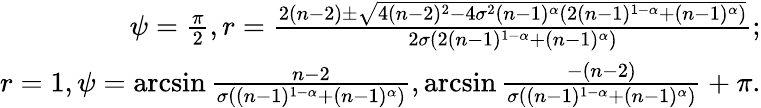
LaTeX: \begin{array}{r}{\psi=\frac{\pi}{2},r=\frac{2(n-2)\pm\sqrt{4(n-2)^{2}-4\sigma^{2}(n-1)^{\alpha}(2(n-1)^{1-\alpha}+(n-1)^{\alpha})}}{2\sigma(2(n-1)^{1-\alpha}+(n-1)^{\alpha})};}\\ {r=1,\psi=\arcsin{\frac{n-2}{\sigma((n-1)^{1-\alpha}+(n-1)^{\alpha})}},\arcsin{\frac{-(n-2)}{\sigma((n-1)^{1-\alpha}+(n-1)^{\alpha})}}+\pi.}\end{array}